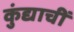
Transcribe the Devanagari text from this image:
कुंद्याचीं